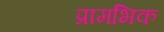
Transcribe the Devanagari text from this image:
प्रामभिक